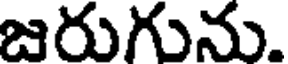
జరుగును.